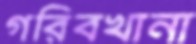
গরিবখানা